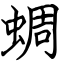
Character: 蜩